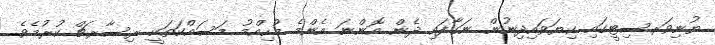
ޔުނިވަރސިޓީގައި ކިޔަވައިދިނުން ނަގާފައި ދެން އޮންނަ އެންމެ މުހިއްމު މަސައްކަތަކީ ރިސާރޗް ކުރުމެވެ.